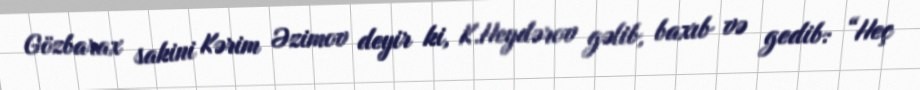
Gözbarax sakini Kərim Əzimov deyir ki, K.Heydərov gəlib, baxıb və gedib: “Heç